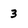
Character: 3